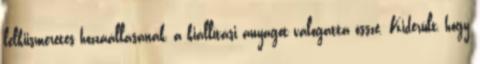
lelkiismeretes hozzáállásának, a kiállítási anyagot válogatta össze. Kiderült, hogy